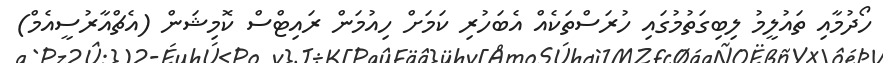
ހޯދުމާއި ތައުލީމު ލިބިގަތުމުގައި ހުރަސްތަކެއް އެބަހުރި ކަމަށް ހިއުމަން ރައިޓްސް ކޮމިޝަން (އެޗްއާރުސީއެމް)